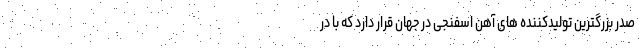
صدر بزرگترین تولیدکننده های آهن اسفنجی در جهان قرار دارد که با در